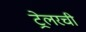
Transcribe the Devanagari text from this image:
ट्रेलरची